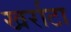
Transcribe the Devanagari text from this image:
खर्राटा